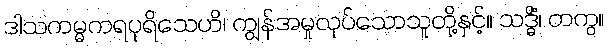
ဒါသကမ္မကရပုရိသေဟိ၊ ကျွန်အမှုလုပ်သောသူတို့နှင့်။ သဒ္ဓိံ၊ တကွ။